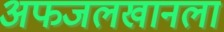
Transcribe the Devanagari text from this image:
अफजलखानला